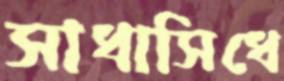
সাধাসিধে